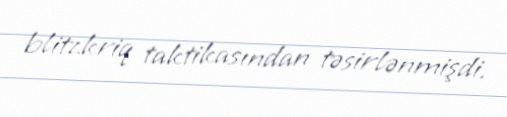
blitzkriq taktikasından təsirlənmişdi.